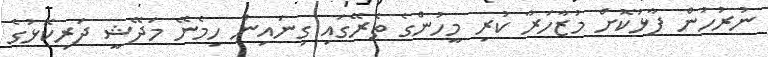
ނުރުހުން ފާޅުކޮށް މުޒާހަރާ ކުރި މީހުންގެ ތެރޭގައި ގިނައިން ހިމެނޭ މަދޭޝީ ދަރިކޮޅުގެ